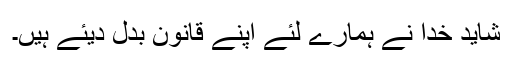
شاید خدا نے ہمارے لئے اپنے قانون بدل دیئے ہیں۔